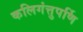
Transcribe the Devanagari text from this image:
कलिगंत्तुपर्णि